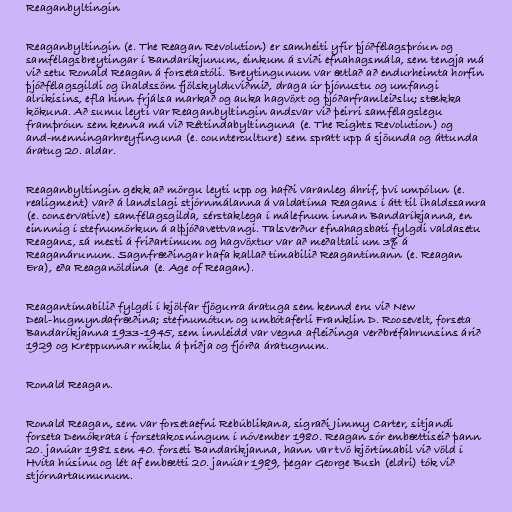
Reaganbyltingin

Reaganbyltingin (e. The Reagan Revolution) er samheiti yfir þjóðfélagsþróun og
samfélagsbreytingar í Bandaríkjunum, einkum á sviði efnahagsmála, sem tengja má
við setu Ronald Reagan á forsetastóli. Breytingunum var ætlað að endurheimta horfin
þjóðfélagsgildi og íhaldssöm fjölskylduviðmið, draga úr þjónustu og umfangi
alríkisins, efla hinn frjálsa markað og auka hagvöxt og þjóðarframleiðslu; stækka
kökuna. Að sumu leyti var Reaganbyltingin andsvar við þeirri samfélagslegu
framþróun sem kenna má við Réttindabyltinguna (e. The Rights Revolution) og
and-menningarhreyfinguna (e. counterculture) sem spratt upp á sjöunda og áttunda
áratug 20. aldar.

Reaganbyltingin gekk að mörgu leyti upp og hafði varanleg áhrif, því umpólun (e.
realigment) varð á landslagi stjórnmálanna á valdatíma Reagans í átt til íhaldssamra
(e. conservative) samfélagsgilda, sérstaklega í málefnum innan Bandaríkjanna, en
einnnig í stefnumörkun á alþjóðavettvangi. Talsverður efnahagsbati fylgdi valdasetu
Reagans, sá mesti á friðartímum og hagvöxtur var að meðaltali um 3% á
Reaganárunum. Sagnfræðingar hafa kallað tímabilið Reagantímann (e. Reagan
Era), eða Reaganöldina (e. Age of Reagan).

Reagantímabilið fylgdi í kjölfar fjögurra áratuga sem kennd eru við New
Deal-hugmyndafræðina; stefnumótun og umbótaferli Franklin D. Roosevelt, forseta
Bandaríkjanna 1933-1945, sem innleidd var vegna afleiðinga verðbréfahrunsins árið
1929 og Kreppunnar miklu á þriðja og fjórða áratugnum.

Ronald Reagan.

Ronald Reagan, sem var forsetaefni Rebúblikana, sigraði Jimmy Carter, sitjandi
forseta Demókrata í forsetakosningum í nóvember 1980. Reagan sór embættiseið þann
20. janúar 1981 sem 40. forseti Bandaríkjanna, hann var tvö kjörtímabil við völd í
Hvíta húsinu og lét af embætti 20. janúar 1989, þegar George Bush (eldri) tók við
stjórnartaumunum.